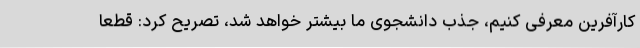
کارآفرین معرفی کنیم، جذب دانشجوی ما بیشتر خواهد شد، تصریح کرد: قطعا